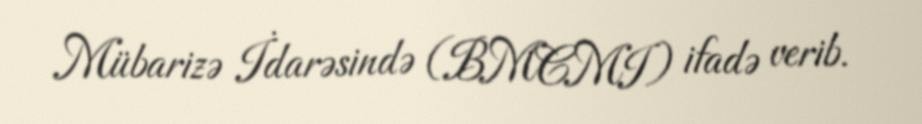
Mübarizə İdarəsində (BMCMI) ifadə verib.